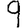
Digit: 9